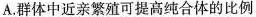
A.群体中近亲繁殖可提高纯合体的比例